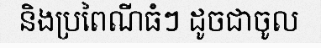
និងប្រពៃណីធំៗ ដូចជាចូល